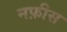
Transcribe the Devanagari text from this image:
नफ़ीस